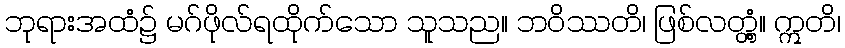
ဘုရားအထံ၌ မဂ်ဖိုလ်ရထိုက်သော သူသည။ ဘဝိဿတိ၊ ဖြစ်လတ္တံ့။ ဣတိ၊